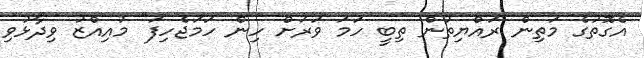
އެގޮތުގެ މަތިން ރައްޔިތުން ތިބީ ހަމަ ވަރަށް ހިން ހަމަޖެހިފަ" މުއިއްޒު ވިދާޅުވި